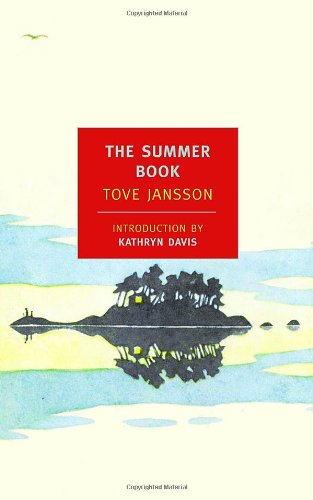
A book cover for The Summer Book (New York Review Books Classics); Tove Jansson; Literature & Fiction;